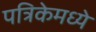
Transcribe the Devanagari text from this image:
पत्रिकेमध्ये